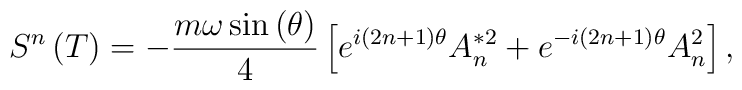
S^n\left( T\right) =-\frac{m\omega \sin \left( \theta \right) }4\left[e^{i\left( 2n+1\right) \theta }A_n^{*2}+e^{-i\left( 2n+1\right) \theta}A_n^2\right] ,